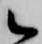
候